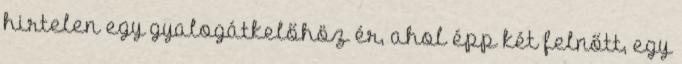
hirtelen egy gyalogátkelőhöz ér, ahol épp két felnőtt, egy